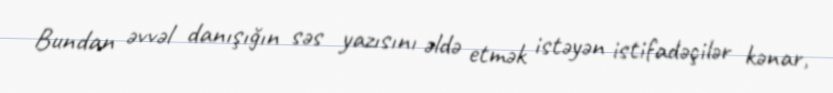
Bundan əvvəl danışığın səs yazısını əldə etmək istəyən istifadəçilər kənar,